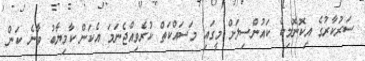
ސަރުކާރުގެ އިކޮނޮމިކް ކަައުންސިލަށް މީގައި މަސައްކަތް ކުރެވިއްޖެނަމަ އެކަން ކާމިޔާބު ވާނެ ކަން